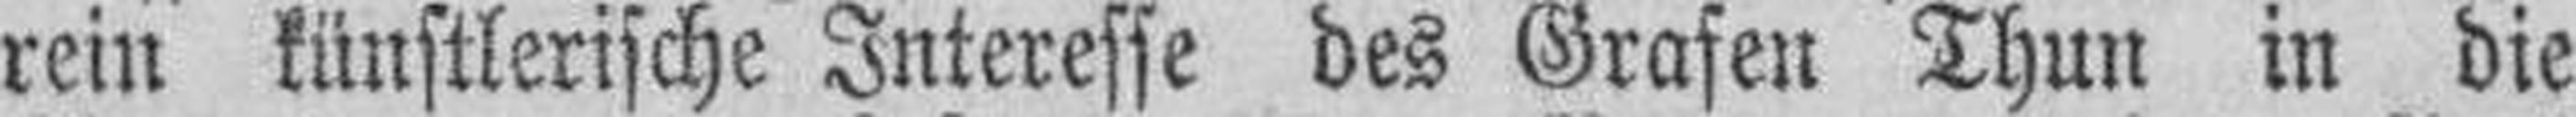
rein künstlerische Interesse des Grafen Thun in die